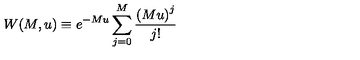
W ( M , u ) \equiv e ^ { - M u } \sum _ { j = 0 } ^ { M } { \frac { \left( M u \right) ^ { j } } { j ! } }